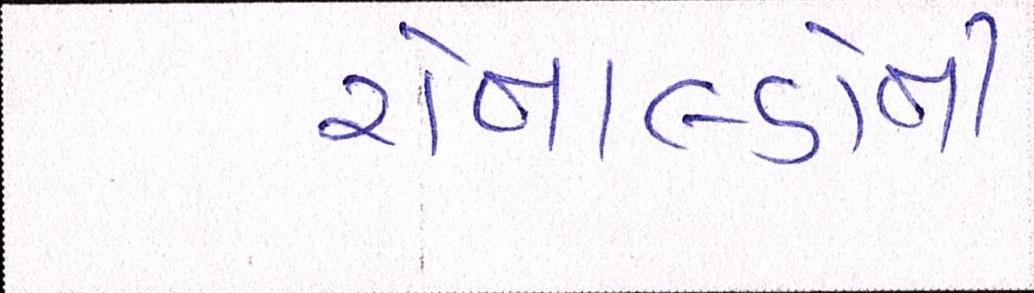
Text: રોનાલ્ડોની